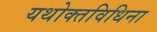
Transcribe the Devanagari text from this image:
यथोक्तविधिना